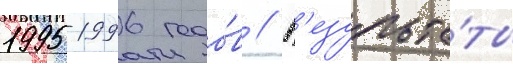
1995-1996 годо́в // Р'езульта́ты